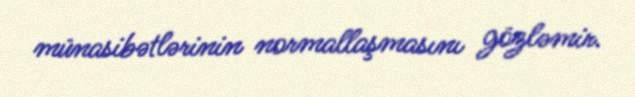
münasibətlərinin normallaşmasını gözləmir.